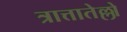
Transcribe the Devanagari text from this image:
त्रात्तातेल्लो